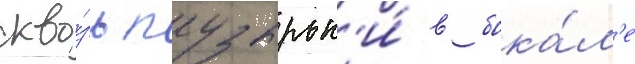
скво́зь пузырьк'и́ в бока́л'е